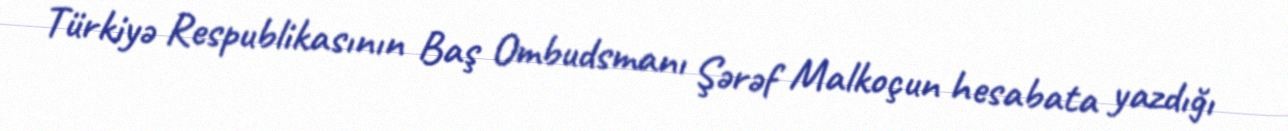
Türkiyə Respublikasının Baş Ombudsmanı Şərəf Malkoçun hesabata yazdığı